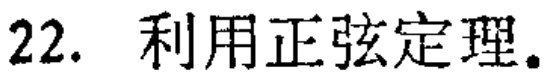
22. 利用正弦定理。